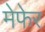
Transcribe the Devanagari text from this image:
मेफेर